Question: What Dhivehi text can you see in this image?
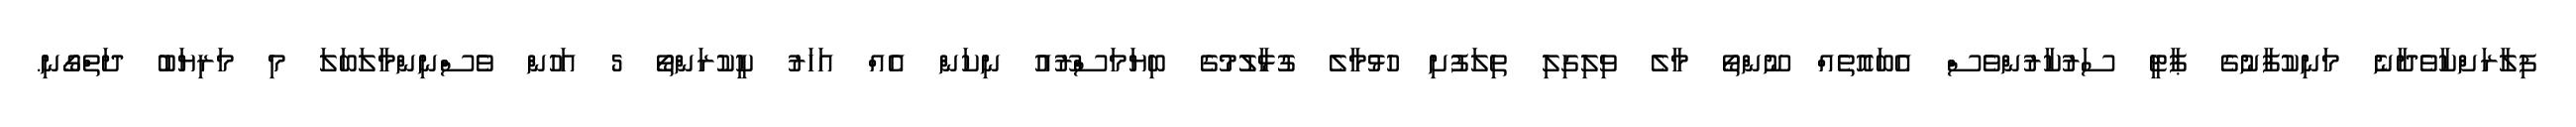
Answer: ފިލާރަށްކާވެދާނެ މަނިކުފާނުގެ ޕާޓީ ސަރުކާރުންވެސް އެބައޮތެއް ނޫންތޯ މާލެ ވިލިގިލި ތިލަފުށި ހުޅުމާލެ ގުޅާލުމުގެ ބިޔަމަސްރޫއު ނިކަން އެއް އަހަރު ކީކުރަންތޯ 5 އަހުން ވެސްނިންމާލަބަލަ މި މަރިޔަބު ދަތްގޯނި.